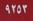
٩ ٢ ٥ ٣